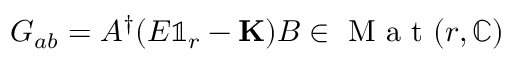
G _ { a b } = A ^ { \dagger } ( E \mathbb { 1 } _ { r } - \mathbf { K } ) B \in \mathrm { ~ M ~ a ~ t ~ } ( r , \mathbb { C } )